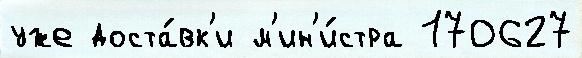
уже доста́вк'и м'ин'и́стра 170627